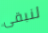
لنبقى